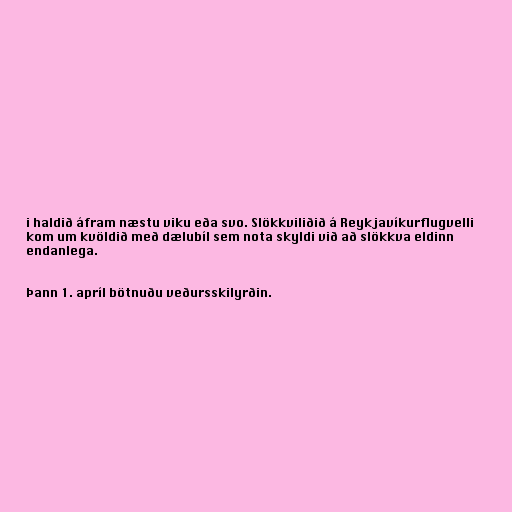
i haldið áfram næstu viku eða svo. Slökkviliðið á Reykjavíkurflugvelli
kom um kvöldið með dælubíl sem nota skyldi við að slökkva eldinn
endanlega.

Þann 1. apríl bötnuðu veðursskilyrðin.